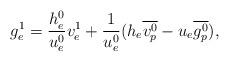
LaTeX: \begin{align*}g_e^1=\frac{h^0_e}{u_e^0}v^1_e+\frac{1}{u^0_e}(h_e\overline{v^0_p}-u_e\overline{g^0_p}),\end{align*}